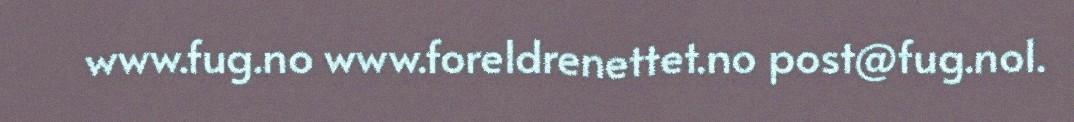
www.fug.no www.foreldrenettet.no post@fug.no1.